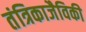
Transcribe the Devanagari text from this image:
तंत्रिकाजैविकी